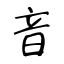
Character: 音